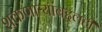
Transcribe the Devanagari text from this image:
शकणाऱ्यांबद्दलही